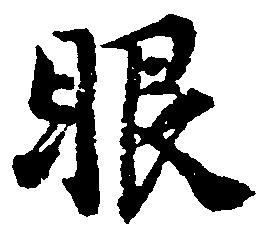
眼